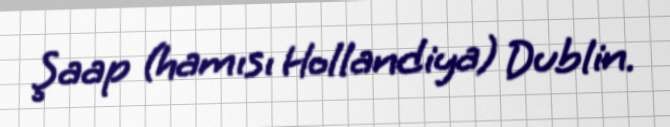
Şaap (hamısı Hollandiya) Dublin.